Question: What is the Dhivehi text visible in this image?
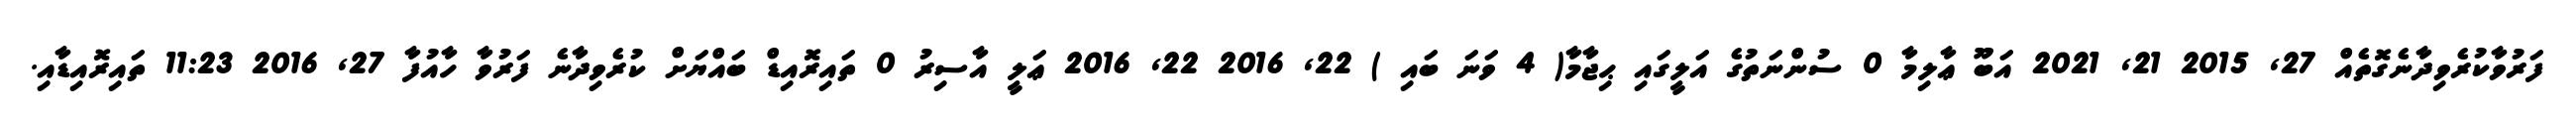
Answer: ފަރުވާކުރެވިދާނެގޮތެއް 27, 2015 21, 2021 އަބޫ ޢާލިމާ 0 ސުންނަތުގެ އަލީގައި ޙިޖާމާ( 4 ވަނަ ބައި ) 22, 2016 22, 2016 ޢަލީ އާސިރު 0 ތައިރޮއިޑް ބައްޔަށް ކުރެވިދާނެ ފަރުވާ ހާއުފާ 27, 2016 11:23 ތައިރޮއިޑާއި.